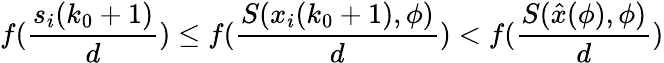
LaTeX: f(\frac{s_{i}(k_{0}+1)}{d})\leq f(\frac{S(x_{i}(k_{0}+1),\phi)}{d})<f(\frac{S(\hat{x}(\phi),\phi)}{d})